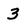
Character: 3